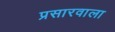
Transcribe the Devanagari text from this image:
प्रसारवाला